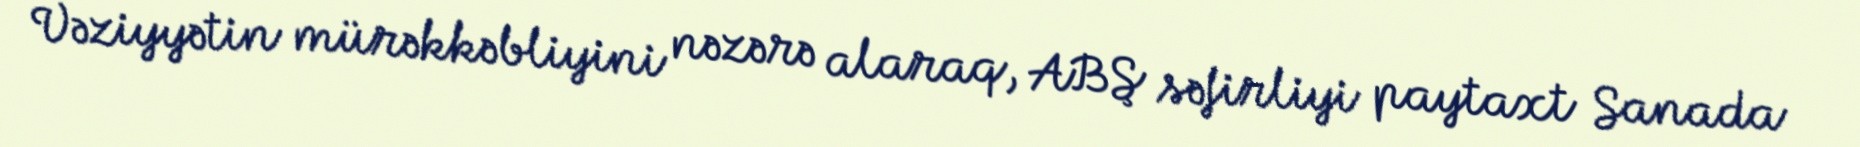
Vəziyyətin mürəkkəbliyini nəzərə alaraq, ABŞ səfirliyi paytaxt Sanada